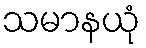
သမာနယုံ